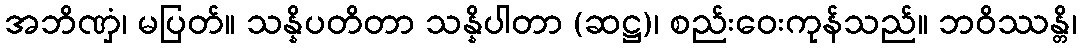
အဘိဏှံ၊ မပြတ်။ သန္နိပတိတာ သန္နိပါတာ (ဆဋ္ဌ)၊ စည်းဝေးကုန်သည်။ ဘဝိဿန္တိ၊